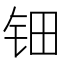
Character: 钿